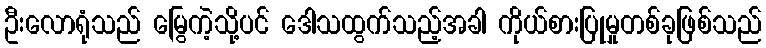
ဦးလောရုံသည် မြွေကဲ့သို့ပင် ဒေါသထွက်သည့်အခါ ကိုယ်စားပြုမှုတစ်ခုဖြစ်သည်